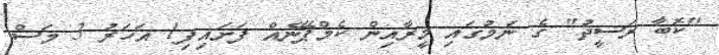
"ކޮބާ ރަސީދު" ގެ ނަމުގައި މީރާއިން ކެމްޕޭނެއް ފަށައިފި1 އަހަރު 3 މަސް